Report of the Municipal Commissioner on the plague in Bombay for the year ending 31st May... - Volume 1
Disease focus: Plague
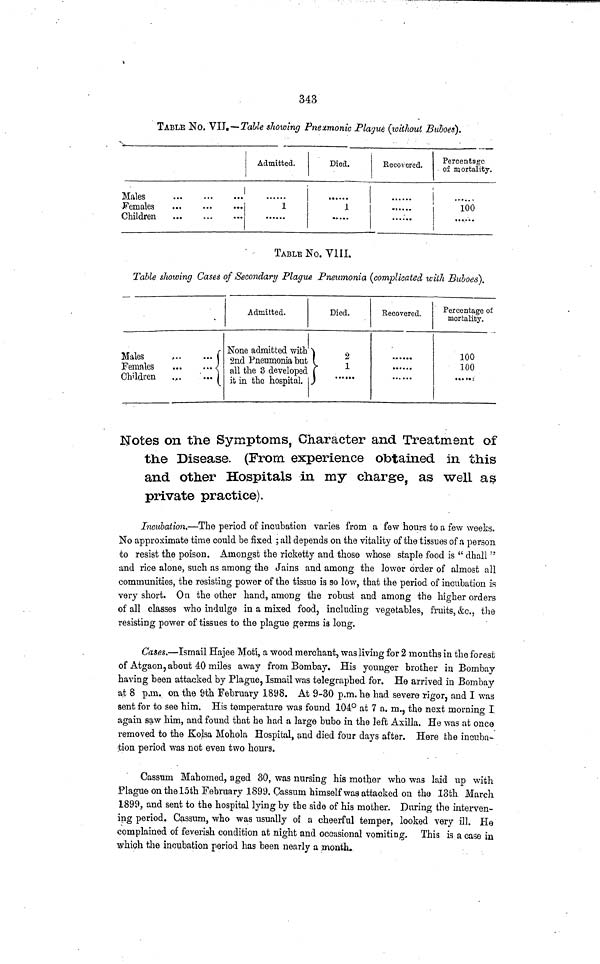
343
TABLE No. VII.—Table showing Pneumonic Plague (without Buboes).
Males
Females
Children
...
...
...
Admitted.
1
Died.
1
Recovered.
Percentage
of mortality.
100
TABLE No. VIII.
Table showing Cases of Secondary Plague Pneumonia (complicated with Buboes).
Males
Females
Children
...
....
... {
Admitted.
None admitted with
2nd Pneumonia but
all the 3 developed
it in the hospital.
Died.
}
2
1
Recovered.
Percentage of
mortality.
100
100
·· · « -
Notes on the Symptoms, Character and Treatment of
the Disease. (From experience obtained in this
and other Hospitals in my charge, as well as
private practice).
Incubation.—The period of incubation varies from a few hours to a few weeks.
No approximate time could be fixed ; all depends on the vitality of the tissues of a person
to resist the poison. Amongst the ricketty and those whose staple food is "dhall"
and rice alone, such as among the Jains and among the lower order of almost all
communities, the resisting power of the tissue is so low, that the period of incubation is
very short. On the other hand, among the robust and among the higher orders
of all classes who indulge in a mixed food, including vegetables, fruits, &c., the
resisting power of tissues to the plague germs is long.
Cases.—Ismail Hajee Moti, a wood merchant, was living for 2 months in the forest
of Atgaon, about 40 miles away from Bombay. His younger brother in Bombay
having been attacked by Plague, Ismail was telegraphed for. He arrived in Bombay
at 8 p.m. on the 9th February 1898. At 9-30 p.m. he had severe rigor, and I was
sent for to see him. His temperature was found 104° at 7 a. m., the next morning I
again saw him, and found that he had a large bubo in the left Axilla. He was at once
removed to the Kolsa Mohola Hospital, and died four days after. Here the incuba-
tion period was not even two hours.
Cassum Mahomed, aged 30, was nursing his mother who was laid up with
Plague on the 15th February 1899. Cassum himself was attacked on the 13th March
1899, and sent to the hospital lying by the side of his mother. During the interven-
ing period. Cassum, who was usually of a cheerful temper, looked very ill. He
complained of feverish condition at night and occasional vomiting. This is a case in
which the incubation period has been nearly a .month.